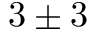
\hphantom { 0 } 3 \pm 3